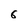
Character: 6